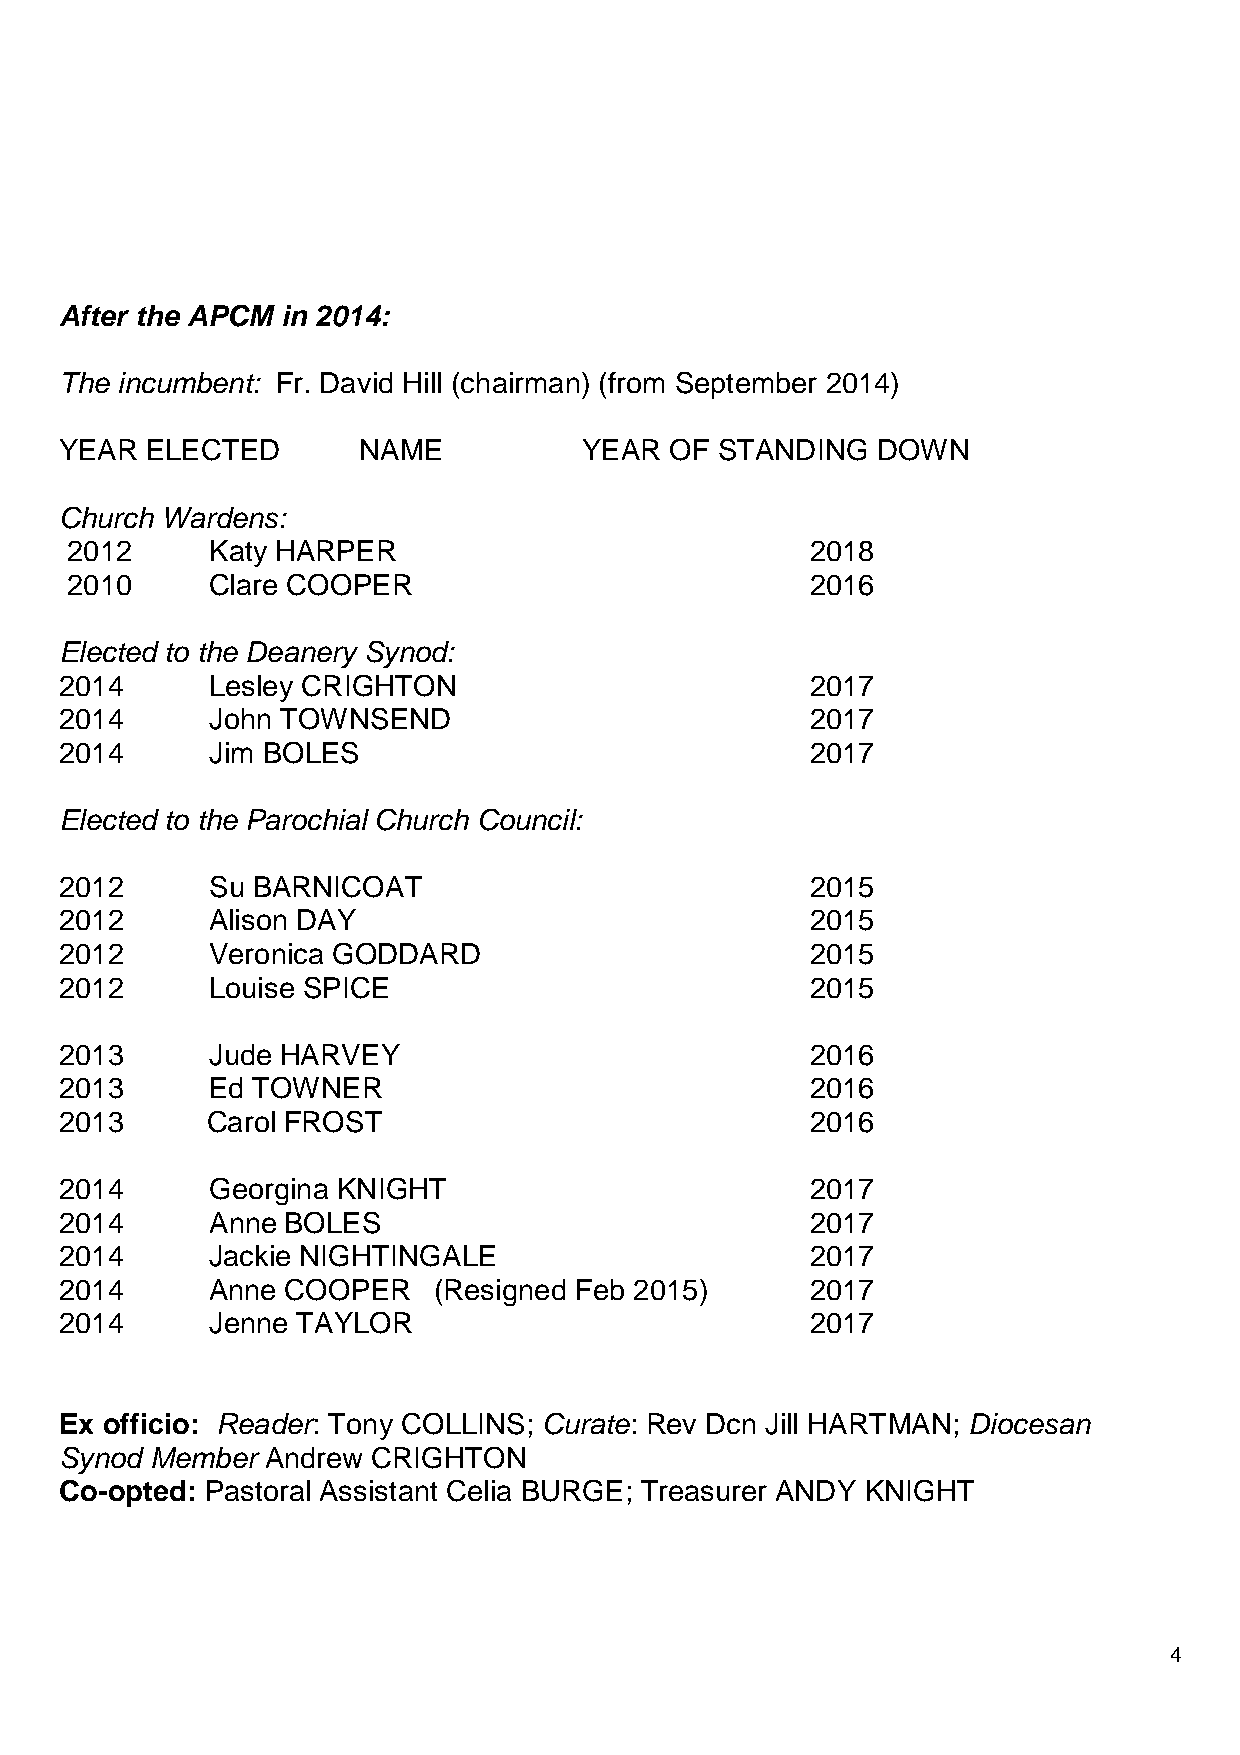
After the APCM in 2014:
 The incumbent: Fr. David Hill (chairman) (from September 2014)
 YEAR  ELECTED       NAME           YEAR OF  STANDING  DOWN
 Church Wardens:
 2012      Katy HARPER                             2018
 2010      Clare COOPER                            2016
 Elected to the Deanery Synod:
 2014      Lesley CRIGHTON                         2017
 2014      John TOWNSEND                           2017
 2014      Jim BOLES                               2017
 Elected to the Parochial Church Council:
 2012      Su BARNICOAT                            2015
 2012      Alison DAY                              2015
 2012      Veronica GODDARD                        2015
 2012      Louise SPICE                            2015
 2013      Jude HARVEY                             2016
 2013      Ed TOWNER                               2016
 2013      Carol FROST                             2016
 2014      Georgina KNIGHT                         2017
 2014      Anne BOLES                              2017
 2014      Jackie NIGHTINGALE                      2017
 2014      Anne COOPER    (Resigned Feb 2015)      2017
 2014      Jenne TAYLOR                            2017
 Ex officio: Reader: Tony COLLINS; Curate: Rev Dcn Jill HARTMAN; Diocesan
 Synod Member  Andrew CRIGHTON
 Co-opted: Pastoral Assistant Celia BURGE; Treasurer ANDY KNIGHT
 4